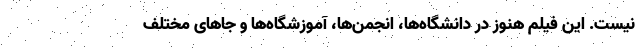
نیست. این فیلم هنوز در دانشگاه‌ها، انجمن‌ها، آموزشگاه‌ها و جاهای مختلف